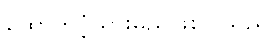
ထောက်ပံ့သွားမည်ဖြစ်ပါသည်